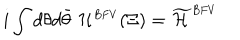
LaTeX: i \int d \theta d \bar { \theta } \; { \cal H } ^ { \scriptscriptstyle B F V } ( \Xi ) = \widetilde { \cal { H } } ^ { \scriptscriptstyle B F V }